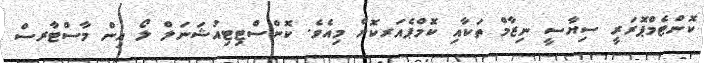
ކޮންޓެމްޕޮރަރީ ސިޔާސީ ނިޒާމް ތަކާއި ކޮމްޕެއަރކޮށް މިއެވެ. ކޮންސްޓިޓިއުޝަނަލް ލޯ އިން މާސްޓާރސް